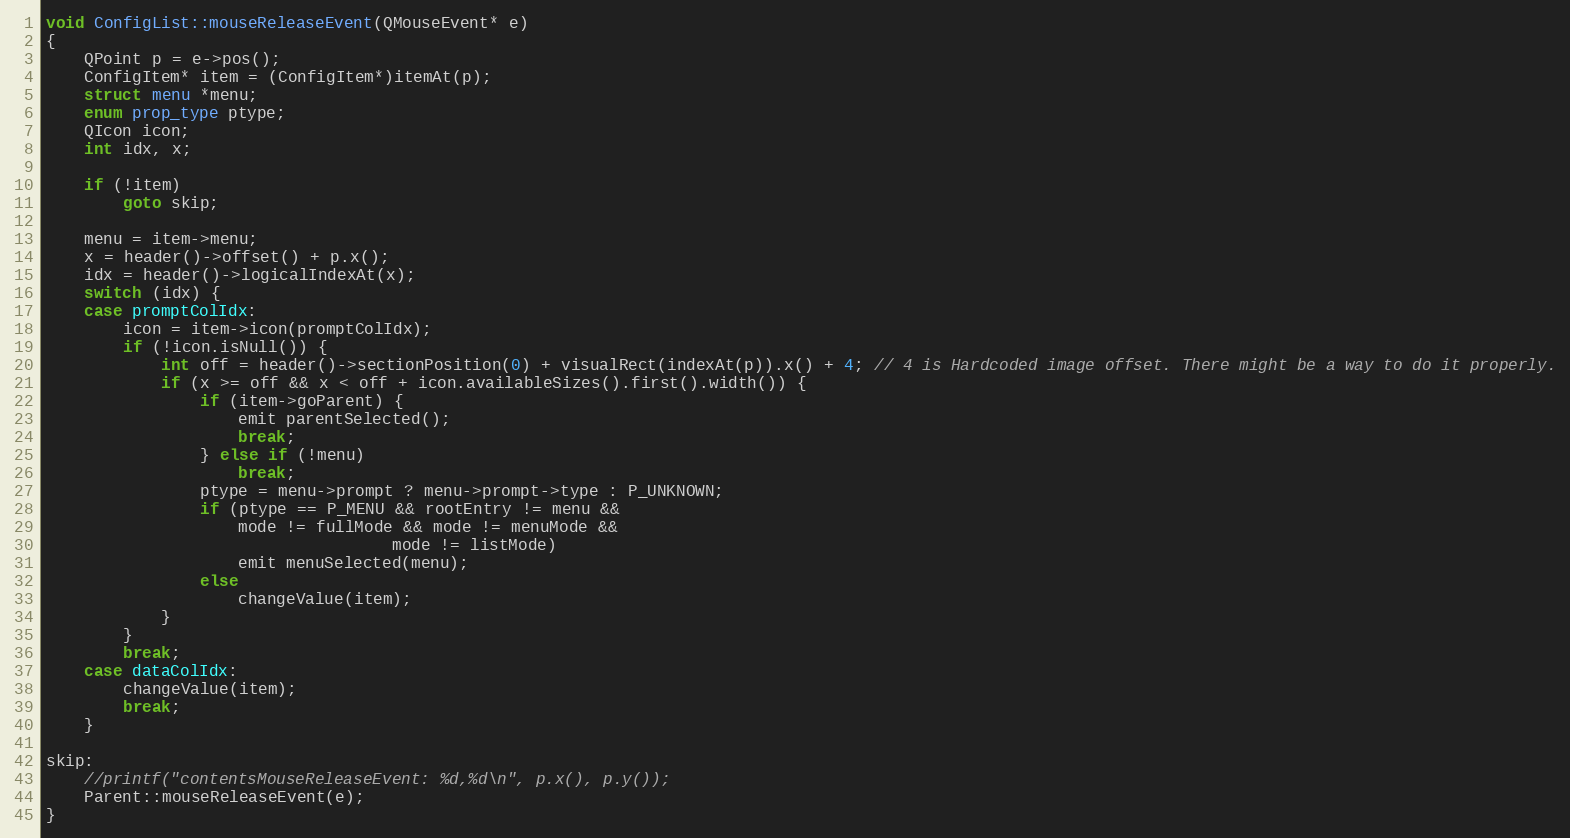
Language: C++
void ConfigList::mouseReleaseEvent(QMouseEvent* e)
{
	QPoint p = e->pos();
	ConfigItem* item = (ConfigItem*)itemAt(p);
	struct menu *menu;
	enum prop_type ptype;
	QIcon icon;
	int idx, x;

	if (!item)
		goto skip;

	menu = item->menu;
	x = header()->offset() + p.x();
	idx = header()->logicalIndexAt(x);
	switch (idx) {
	case promptColIdx:
		icon = item->icon(promptColIdx);
		if (!icon.isNull()) {
			int off = header()->sectionPosition(0) + visualRect(indexAt(p)).x() + 4; // 4 is Hardcoded image offset. There might be a way to do it properly.
			if (x >= off && x < off + icon.availableSizes().first().width()) {
				if (item->goParent) {
					emit parentSelected();
					break;
				} else if (!menu)
					break;
				ptype = menu->prompt ? menu->prompt->type : P_UNKNOWN;
				if (ptype == P_MENU && rootEntry != menu &&
				    mode != fullMode && mode != menuMode &&
                                    mode != listMode)
					emit menuSelected(menu);
				else
					changeValue(item);
			}
		}
		break;
	case dataColIdx:
		changeValue(item);
		break;
	}

skip:
	//printf("contentsMouseReleaseEvent: %d,%d\n", p.x(), p.y());
	Parent::mouseReleaseEvent(e);
}